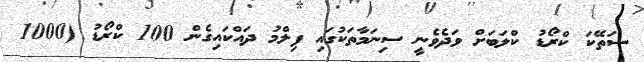
ސަތޭކަ ކްރޯޑު ކްލަބަށް ވަދެވެނީ ސިނަމާތަކުގައި ފިލްމު ދައްކައިގެން 100 ކްރޯޑު (1000